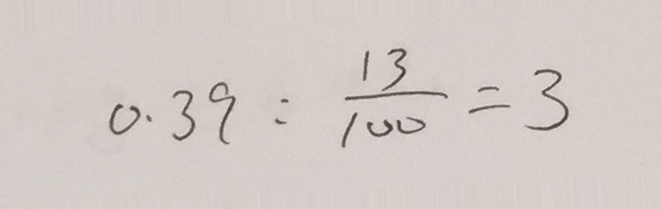
0 . 3 9 : \frac { 1 3 } { 1 0 0 } = 3